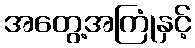
အတွေ့အကြုံနှင့်